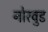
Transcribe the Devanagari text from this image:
नोरवुड